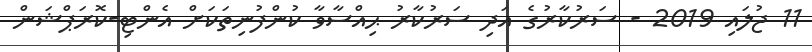
11 ޖުލައި 2019 - ސަރުކާރުގެ އަދި ސަރުކާރު ޙިއްސާވާ ކުންފުނިތަކަށް އެންޓި-ކޮރަޕްޝަން